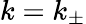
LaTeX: k=k_{\pm}